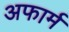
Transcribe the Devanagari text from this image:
अफार्म